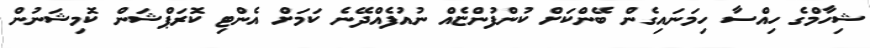
ޝިހާމްގެ ހިއްސާ ހިމަނައިގެން ބޭންކަށް ކުންފުންޏެއް ނުއުފެއްދޭނެ ކަމަށް އެންޓި ކޮރަޕްޝަން ކޮމިޝަނުން